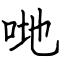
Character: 哋